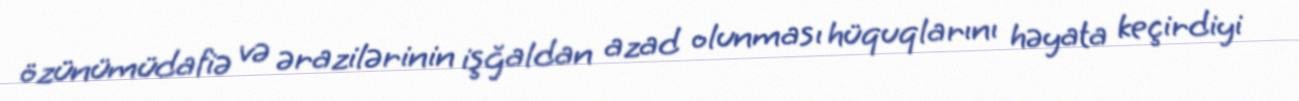
özünümüdafiə və ərazilərinin işğaldan azad olunması hüquqlarını həyata keçirdiyi